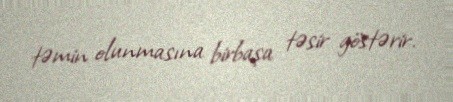
təmin olunmasına birbaşa təsir göstərir.